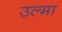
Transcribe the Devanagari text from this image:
उल्मा